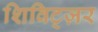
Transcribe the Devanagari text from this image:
शिविट्ज़र